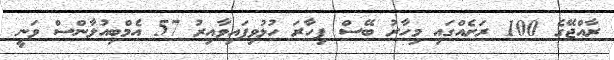
ރާއްޖޭގެ 100 ރަށެއްގައި މިހާރު ބޭސް ފިހާރަ ހުޅުވިފައިވާއިރު 57 އެމްބިއުލާންސް ވަނީ